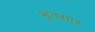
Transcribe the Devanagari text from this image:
भुतसार